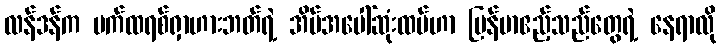
လန်ဒန်က ပက်ထရစ်ရှာဟားဘတ်ရဲ့ အိမ်အပေါ်ဆုံးထပ်ဟာ မြန်မာဧည့်သည်တွေရဲ့ နေရာလို